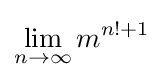
\lim _{n\to \infty }m^{n!+1}